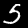
Label: 5